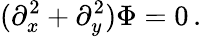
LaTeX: (\partial_{x}^{2}+\partial_{y}^{2})\Phi=0\, .